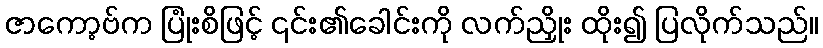
ဇာကော့ဗ်က ပြုံးစိဖြင့် ၎င်း၏ခေါင်းကို လက်ညှိုး ထိုး၍ ပြလိုက်သည်။